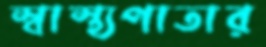
স্বাস্থ্যপাতার